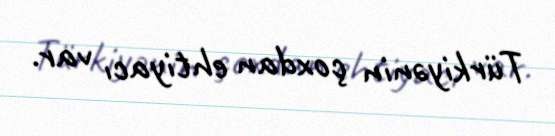
Türkiyənin çoxdan ehtiyacı var.